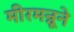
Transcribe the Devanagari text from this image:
मीरमन्नूने